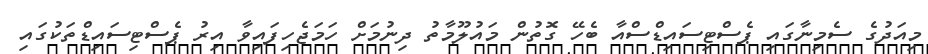
މިއަދުގެ ސެމިނާގައި ޕެސްޓިސައިޑްސްއާ ބެހޭ ގޮތުން މައުލޫމާތު ދިނުމަށް ހަމަޖެހިފައިވާ އިރު ޕެސްޓިސައިޑްތަކުގައި